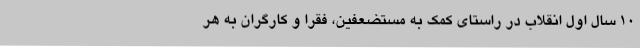
10 سال اول انقلاب در راستای کمک به مستضعفین، فقرا و کارگران به هر